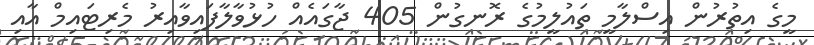
މީގެ އިތުރުން އިސްލާމީ ތައުލީމުގެ ރޮނގުން 405 ޖާގައެއް ހުޅުވާލާފައިވާއިރު މެރިޓައިމް އާއި